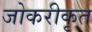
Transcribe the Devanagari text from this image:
जोकरीकृत